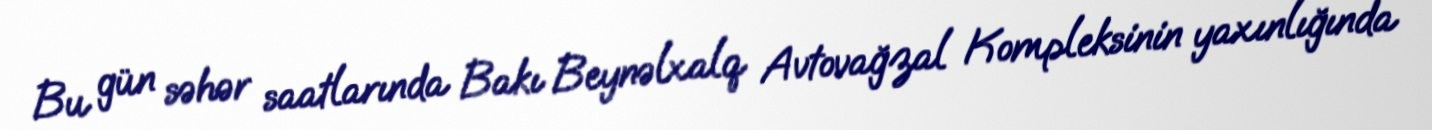
Bu gün səhər saatlarında Bakı Beynəlxalq Avtovağzal Kompleksinin yaxınlığında